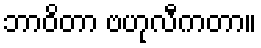
ဘာဝိတာ ဗဟုလီကတာ။